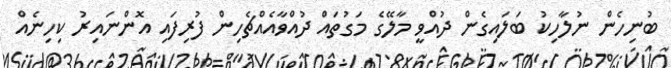
ބުނިހެން ނުލާހިކު ބަލައިގެން ދުއްވީ މާލޭގެ މަގުތައް ދުއްވާއެއްޗެހިން ފުރިފައި އޮންނައިރު ކިހިނެއް